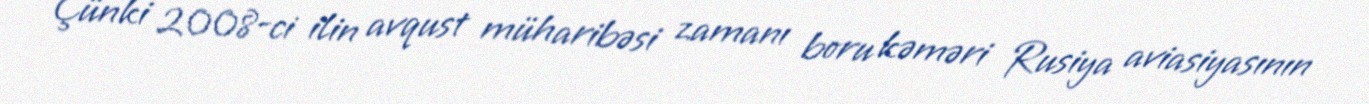
Çünki 2008-ci ilin avqust müharibəsi zamanı boru kəməri Rusiya aviasiyasının